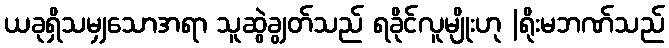
ယခုရှိသမျှသောအရာ သူဆွဲချွတ်သည် ရခိုင်လူမျိုးဟု |ရိုးမဘဏ်သည်